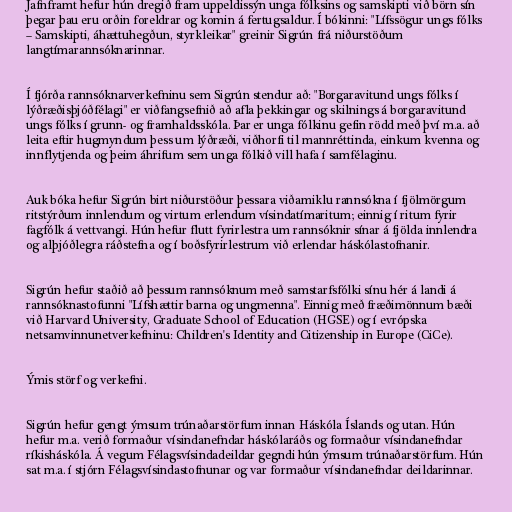
Jafnframt hefur hún dregið fram uppeldissýn unga fólksins og samskipti við börn sín
þegar þau eru orðin foreldrar og komin á fertugsaldur. Í bókinni: "Lífssögur ungs fólks
– Samskipti, áhættuhegðun, styrkleikar" greinir Sigrún frá niðurstöðum
langtímarannsóknarinnar.

Í fjórða rannsóknarverkefninu sem Sigrún stendur að: "Borgaravitund ungs fólks í
lýðræðisþjóðfélagi" er viðfangsefnið að afla þekkingar og skilnings á borgaravitund
ungs fólks í grunn- og framhaldsskóla. Þar er unga fólkinu gefin rödd með því m.a. að
leita eftir hugmyndum þess um lýðræði, viðhorfi til mannréttinda, einkum kvenna og
innflytjenda og þeim áhrifum sem unga fólkið vill hafa í samfélaginu.

Auk bóka hefur Sigrún birt niðurstöður þessara viðamiklu rannsókna í fjölmörgum
ritstýrðum innlendum og virtum erlendum vísindatímaritum; einnig í ritum fyrir
fagfólk á vettvangi. Hún hefur flutt fyrirlestra um rannsóknir sínar á fjölda innlendra
og alþjóðlegra ráðstefna og í boðsfyrirlestrum við erlendar háskólastofnanir.

Sigrún hefur staðið að þessum rannsóknum með samstarfsfólki sínu hér á landi á
rannsóknastofunni "Lífshættir barna og ungmenna". Einnig með fræðimönnum bæði
við Harvard University, Graduate School of Education (HGSE) og í evrópska
netsamvinnunetverkefninu: Children's Identity and Citizenship in Europe (CiCe).

Ýmis störf og verkefni.

Sigrún hefur gengt ýmsum trúnaðarstörfum innan Háskóla Íslands og utan. Hún
hefur m.a. verið formaður vísindanefndar háskólaráðs og formaður vísindanefndar
ríkisháskóla. Á vegum Félagsvísindadeildar gegndi hún ýmsum trúnaðarstörfum. Hún
sat m.a. í stjórn Félagsvísindastofnunar og var formaður vísindanefndar deildarinnar.